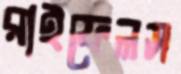
রাইফেলস